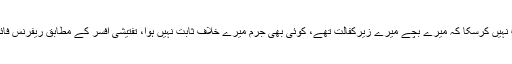
انہوں نے کہا کہ گواہان نے بتایا ہل میٹل سے متعلق کوئی رقم منتقل نہیں ہوئی، کوئی گواہ ثابت نہیں کرسکا کہ میرے بچے میرے زیرکفالت تھے، کوئی بھی جرم میرے خلاف ثابت نہیں ہوا، تفتیشی افسر کے مطابق ریفرنس فائل کرنے کے سوا راستہ نہیں تھا،2گواہان کے بیانات کو قابل قبول شہادت قرار نہیں دیا جاسکتا۔